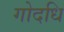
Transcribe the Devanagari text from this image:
गोदधि